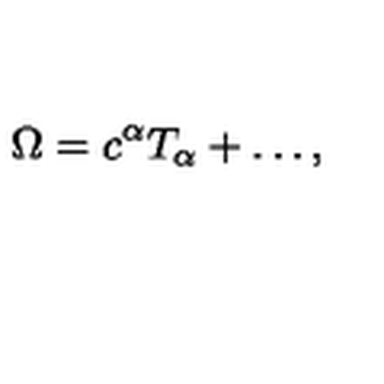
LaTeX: \Omega = c ^ { \alpha } T _ { \alpha } + \ldots ,